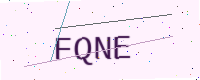
Text: FQNE